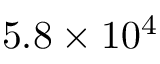
5 . 8 \times 1 0 ^ { 4 }